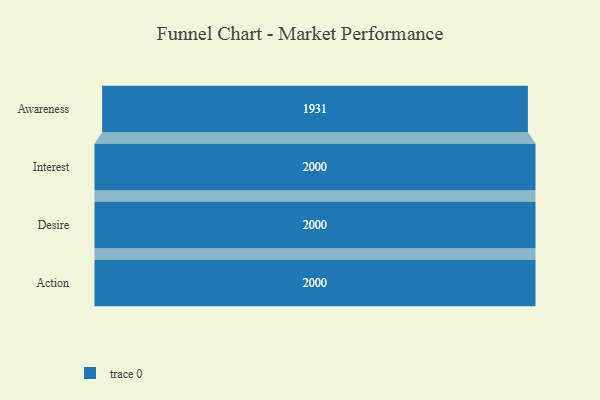
{"axis": {"x": "Stage", "y": "Value"}, "legend": [""], "data": [{"x": "Awareness", "y": 1931.0, "type": ""}, {"x": "Interest", "y": 2000, "type": ""}, {"x": "Desire", "y": 2000, "type": ""}, {"x": "Action", "y": 2000, "type": ""}]}